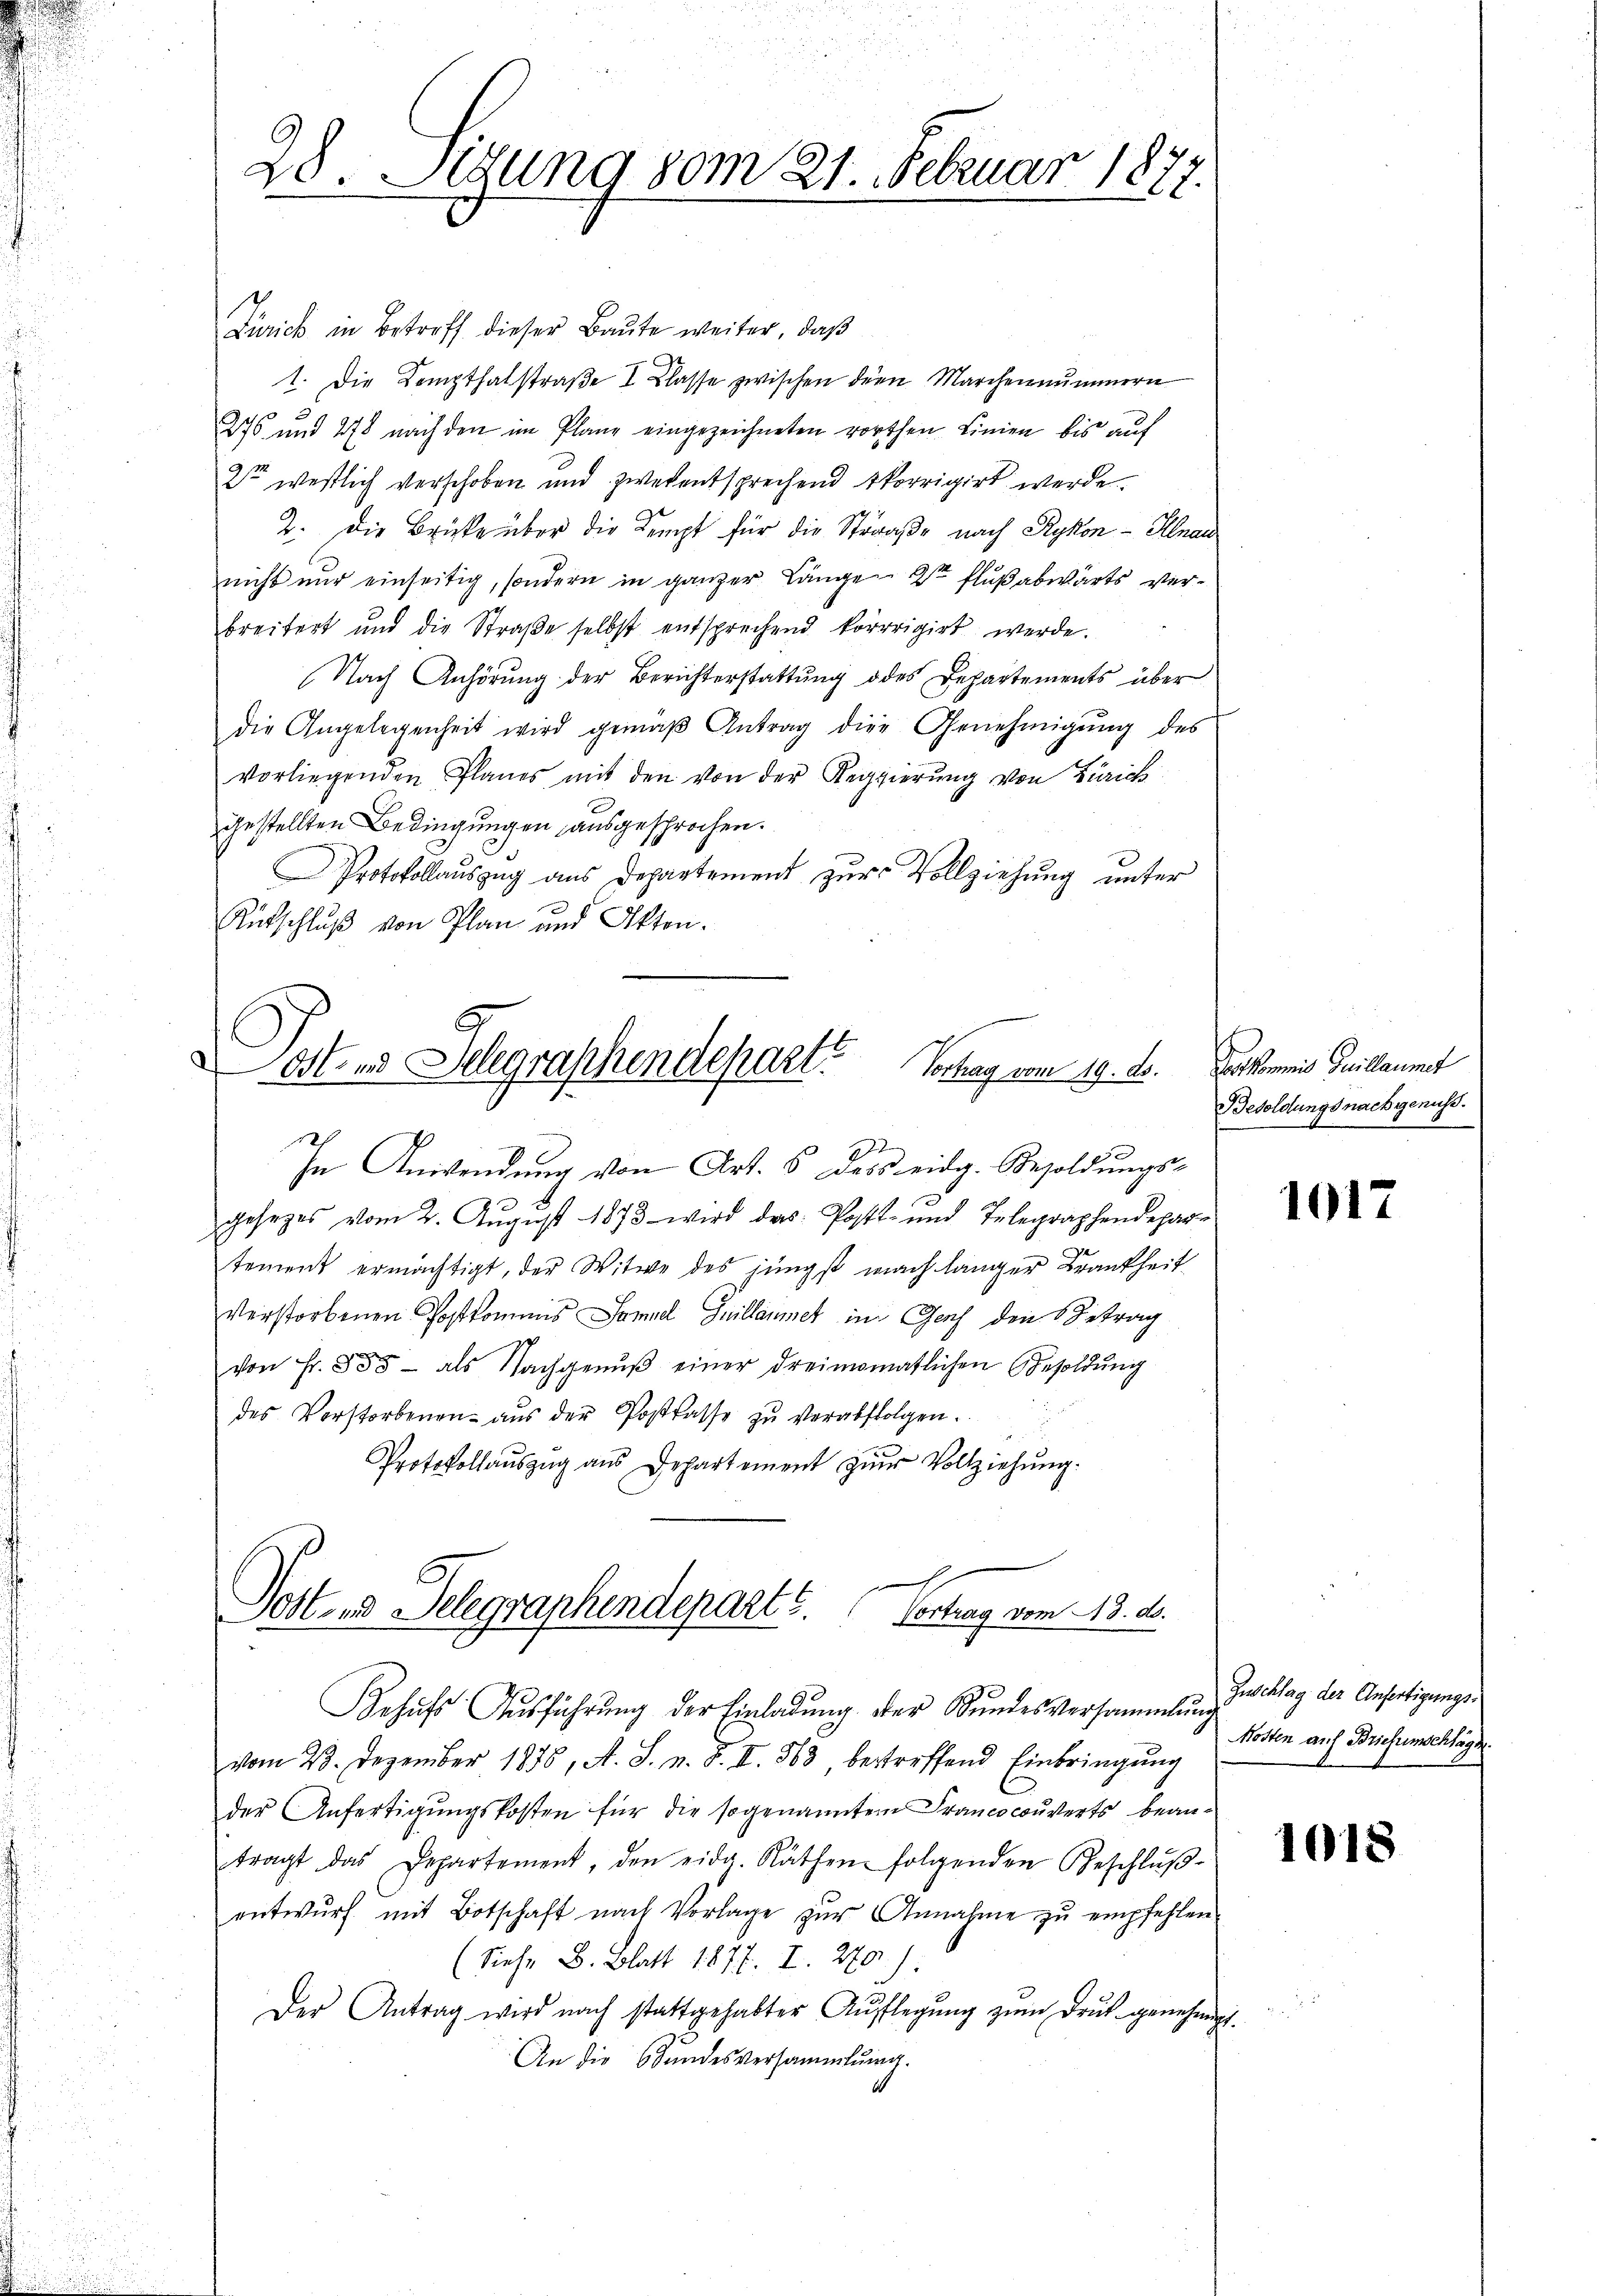
28. Sitzung vom 21. Februar 1877.

Zürich in Betreff dieser Baŭte weiter, daß
1. Die Kempthalstraße I. Classe zwischen dem Marchennummern
276 und 278 nach den im Plane eingezeichneten vorthen Linien bis auf
2te westlich verschoben und zwekentsprechend korrigirt werde.
2. Die Brücke über die Kempt für die Straße nach Rykon - Illnau
nicht nur einseitig, sondern in ganzer Länge 2ten Flußabwärts verbreitert und die Straβe selbst entsprechend korrigirt werde.
Nach Anhörung der Berichterstattung des Departements über
die Angelegenheit wird gemäβ Antrag die Genehmigŭng des
vorliegenden Planes mit den von der Regierŭng von Zürich
gestellten Bedingungen ausgesprochen.
Protokollauszug aus Departement zur Vollziehung unter
Aufschluß von Plan und Akten.

Ost- und Selegraphendepart. Vortrag vom 19. d.
7

In Anwendung von Art. 6 dass eidg. Besoldungs-
gesezes vom 2. August 1873 wird das Postt- und Telegraphendepar-
tement ermächtigt, der Witwe des jüngst mach länger Krankheit
verstorbenen Postkommis Samuel Guillaumet im Genf den Betrag
von Fr. 555 als Nachgenŭβ einer dreimonatlichen Besoldŭng
des Verstorbenen aŭs der Postkasse zŭ verabfolgen.
Protokollauszug aus Departement zur Vollziehung.

Post- und Telegraphendepart 5. Vortrag vom 13. d.
Behŭfs Aŭsführŭng der Einladŭng der Bŭndesversammlung

vom 23. Dezember 1878, A. S. n. F. II. 563 bestreffend Einbringŭng
der Anfertigungskosten für die sogenannten Francocouverts beantragt das Departement, den eidg. Räthen folgenden Geschlŭβ-
entwurf mit Botschaft nach Vorlage zur Annahme zu empfehlen
(Siehe B. Blatt 1877. I. 270).
Der Antrag wird nach stattgehabter Aŭslegŭng zŭm Drŭt genehmigt.
An die Standesversammlung.

Das kommis Juillaumet
Besoldungs nach genuss.

1017

Zuschlag der Anfertigungs¬
Notten auf Briefumschläge

1018